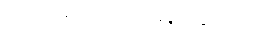
တင်ဒါအောင်မြင်ခဲ့သည့်